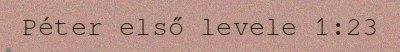
Péter első levele 1:23